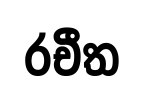
රචීත